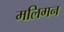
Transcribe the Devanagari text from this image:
मलिगन